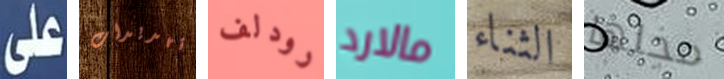
على تهديدات رودلف مالارد الثناء محلها